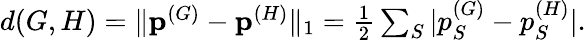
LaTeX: \begin{array}{r}{d(G,H)=\| \mathbf{p}^{(G)}-\mathbf{p}^{(H)}\| _{1}=\frac 12\sum_{S}|p_{S}^{(G)}-p_{S}^{(H)}|.}\end{array}